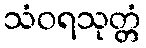
သံဝရသုတ္တံ